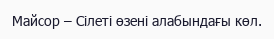
Майсор – Сілеті өзені алабындағы көл.